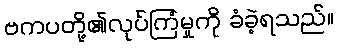
ဗကပတို့၏လုပ်ကြံမှုကို ခံခဲ့ရသည်။